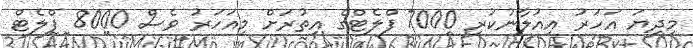
މިދިޔަ އަހަރު އިއުލާނުކުރި 7000 ފްލެޓްގެ އިތުރަށް މިއަހަރު ވެސް 8000 ފްލެޓް